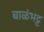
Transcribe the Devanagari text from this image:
बाळंभट्ट